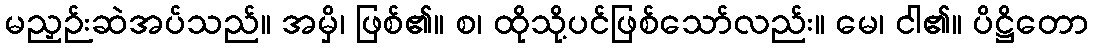
မညှဉ်းဆဲအပ်သည်။ အမှိ၊ ဖြစ်၏။ စ၊ ထိုသို့ပင်ဖြစ်သော်လည်း။ မေ၊ ငါ၏။ ပိဋ္ဌိတော